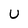
Character: U